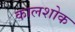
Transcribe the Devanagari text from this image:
कालशोक